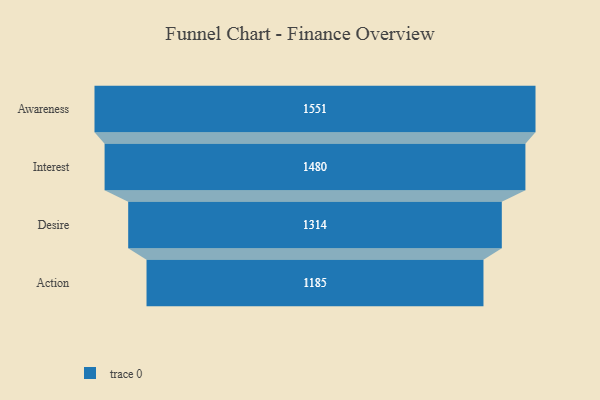
{"axis": {"x": "Stage", "y": "Value"}, "legend": [""], "data": [{"x": "Awareness", "y": 1551.0, "type": ""}, {"x": "Interest", "y": 1480.0, "type": ""}, {"x": "Desire", "y": 1314.0, "type": ""}, {"x": "Action", "y": 1185.0, "type": ""}]}